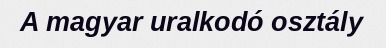
A magyar uralkodó osztály